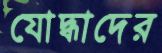
যোদ্ধাদের